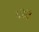
૫૪૭